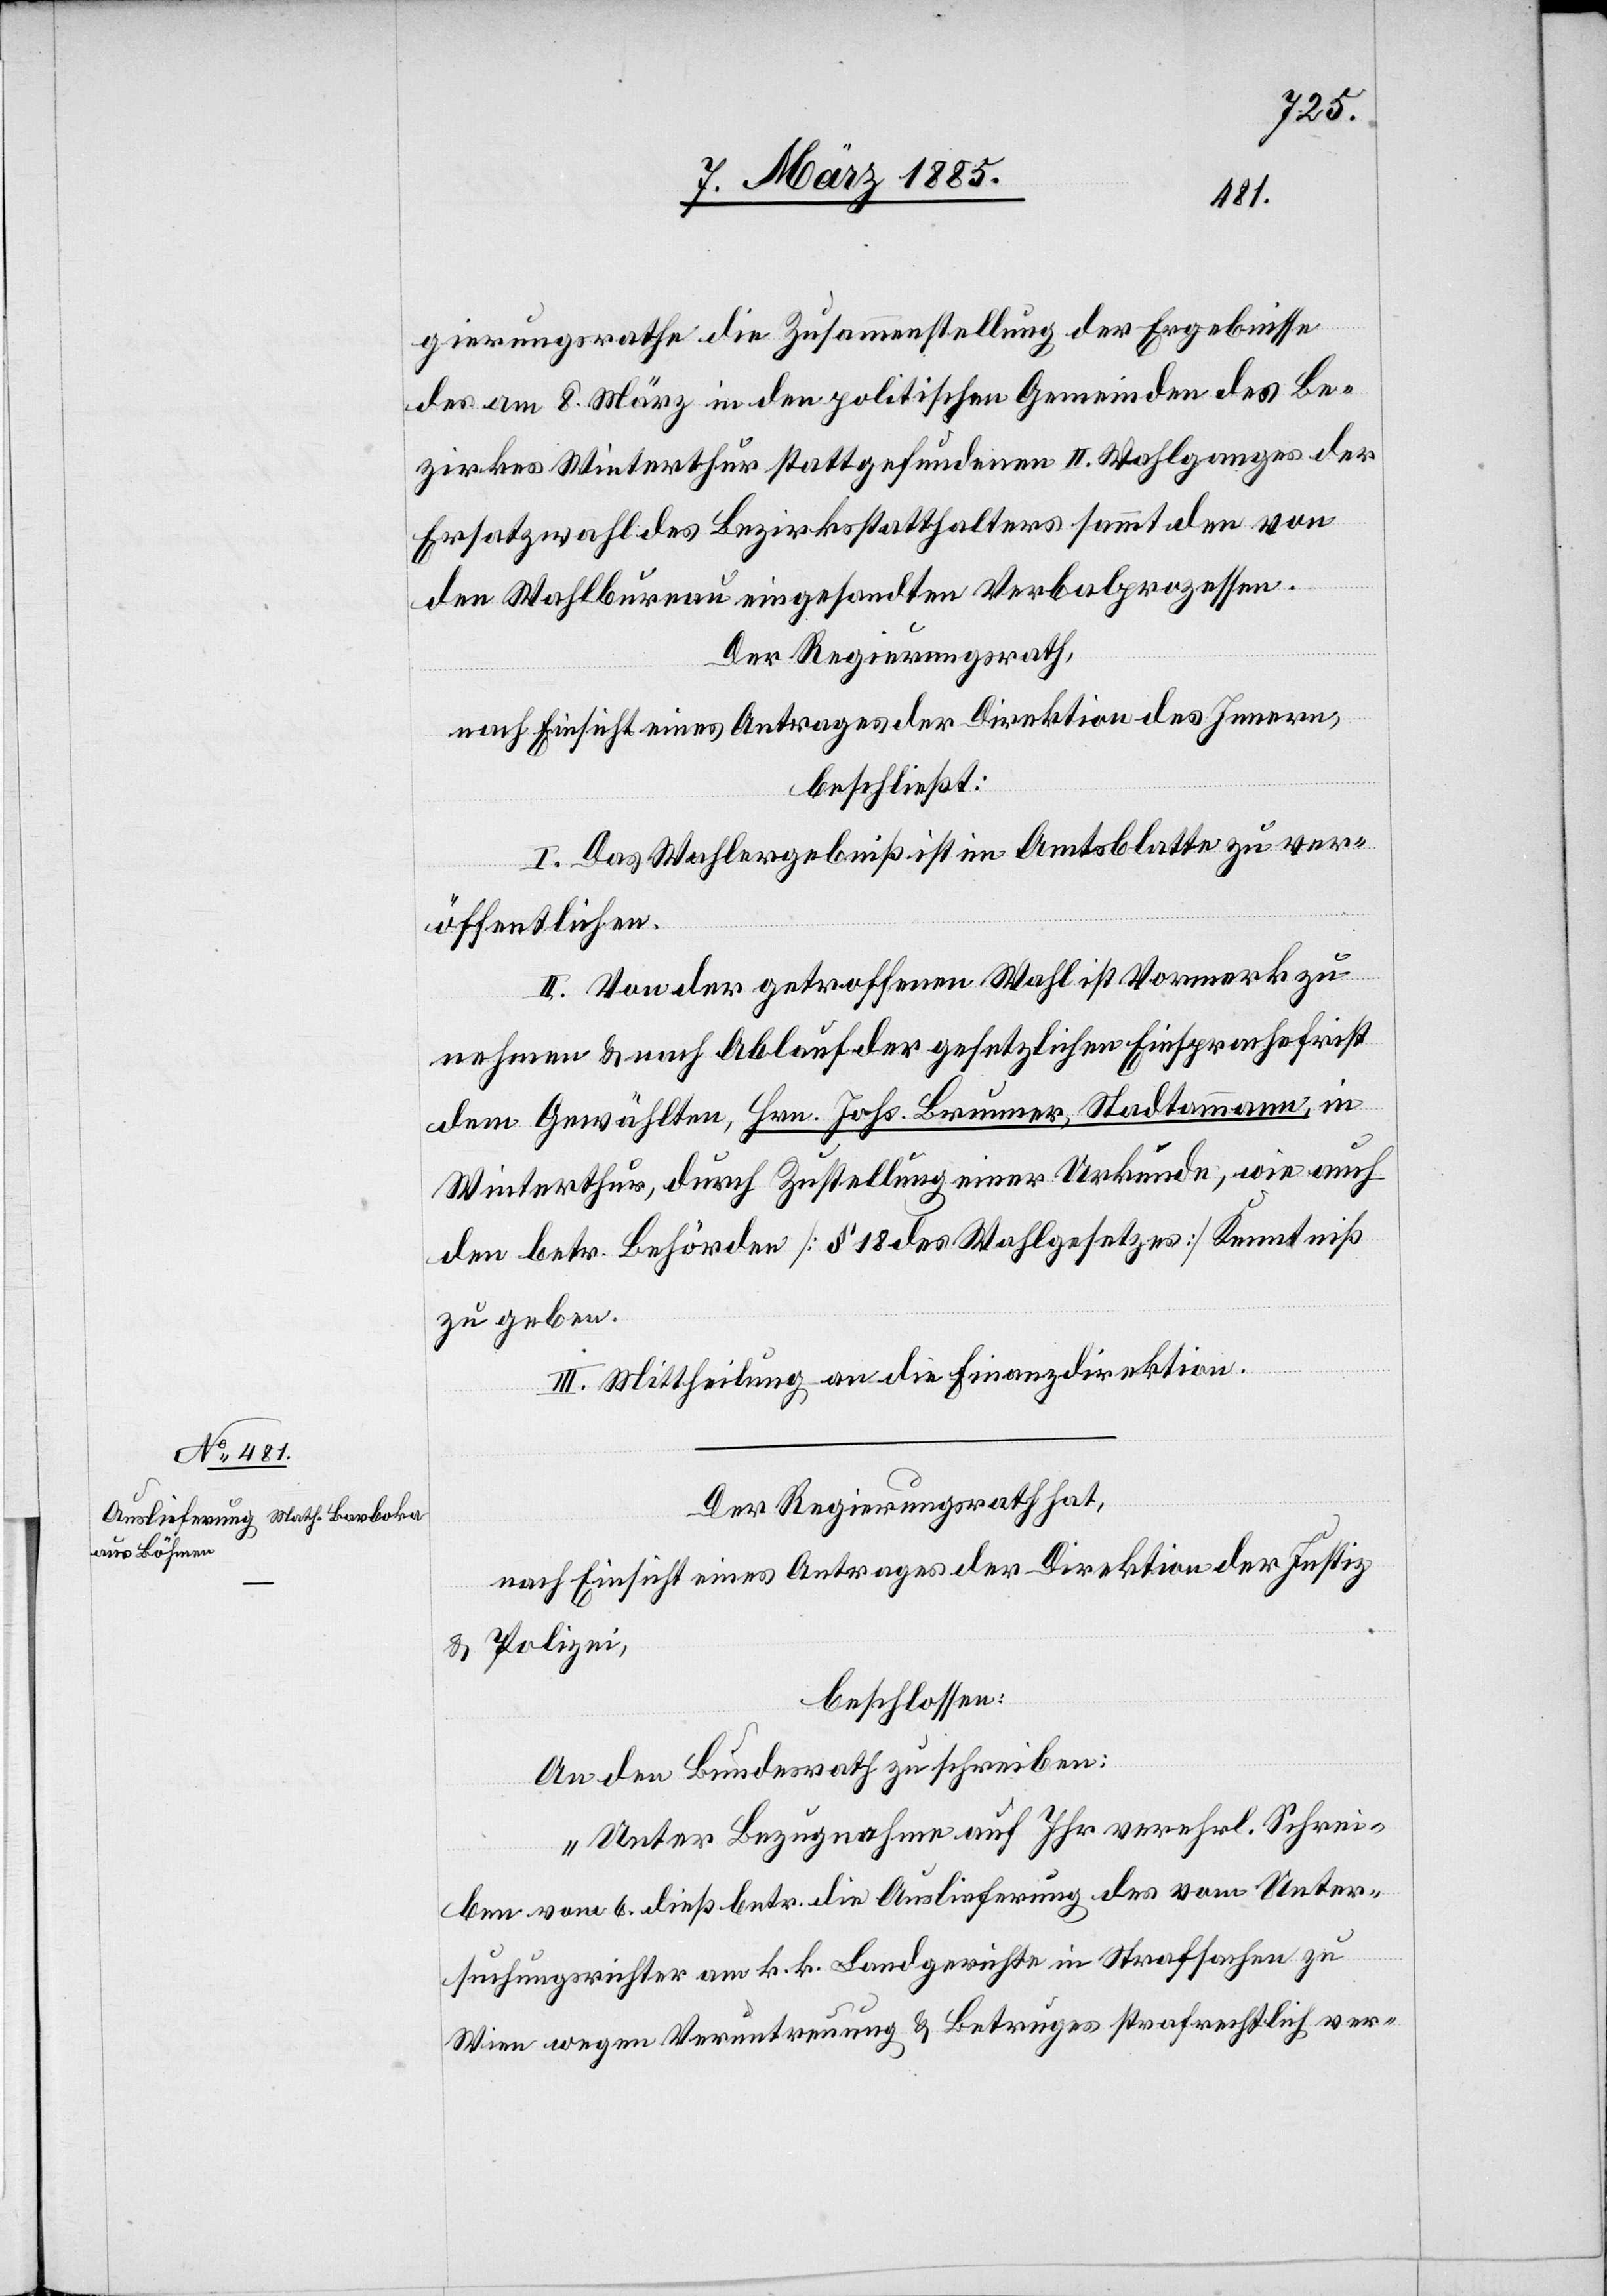
10. März 1885.]
gierungsrathe die Zusammenstellung der Ergebnisse
des am 8. März in den politischen Gemeinden des Be¬
zirkes Winterthur stattgefundenen II. Wahlganges der
Ersatzwahl des Bezirksstatthalters sammt den von
den Wahlbureau eingesandten Verbalprozessen.
Der Regierungsrath,
nach Einsicht eines Antrages der Direktion des Innern,
beschließt:
I. Das Wahlergebniß ist im Amtsblatte zu ver¬
öffentlichen.
II. Von der getroffenen Wahl ist Vormerk zu
nehmen & nach Ablauf der gesetzlichen Einsprachefrist
dem Gewählten, Hrn. Johs. Brunner, Stadtammann, in
Winterthur, durch Zustellung einer Urkunde, wie auch
den betr. Behörden [§ 18 des Wahlgesetzes] Kenntniß
zu geben.
III. Mittheilung an die Finanzdirektion.
Der Regierungsrath hat,
nach Einsicht eines Antrages der Direktion der Justiz
& Polizei,
beschlossen:
An den Bundesrath zu schreiben:
„Unter Bezugnahme auf Ihr verehrl. Schrei¬
ben vom 6. dieß betr. die Auslieferung des vom Unter¬
suchungsrichter am k. k. Landgerichte in Strafsachen zu
Wien wegen Veruntreuung & Betruges strafrechtlich ver-